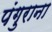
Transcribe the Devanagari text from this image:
पंगुराना